Annual report of the Punjab Veterinary College and of the Civil Veterinary Department, Punjab - 1909-1919
Year: 1909
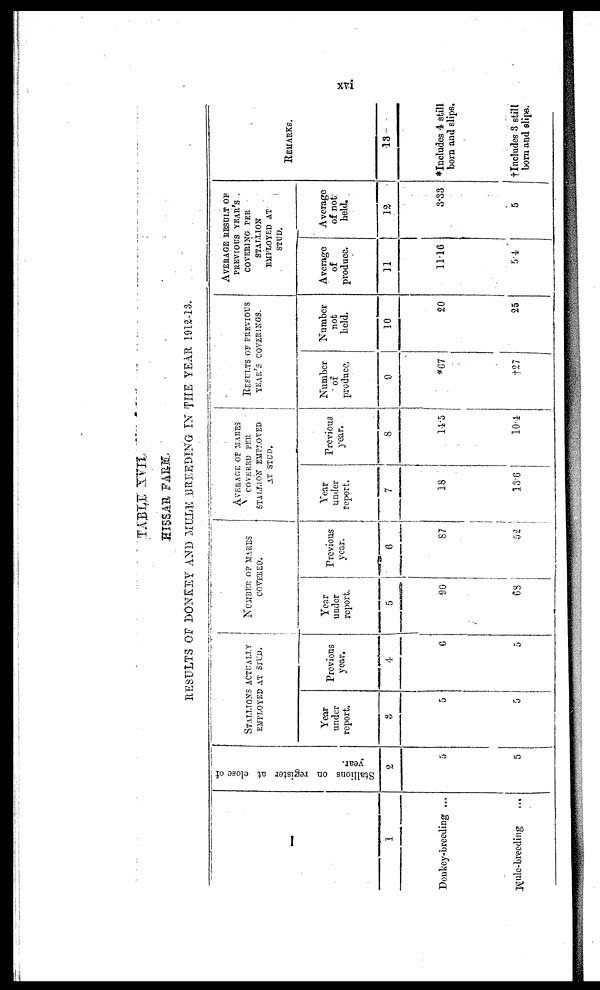
xvi
TABLE XVII.
HISSAR FARM.
RESULTS OF DONKEY AND MULE BREEDING IN THE YEAR 1912-13.
1
Donkey-breeding ...
Mule-breeding ...
Stallions on register at close of
year.
2
5
5
STALLIONS
ACTUALLY
EMPLOYED AT STUD.
Year
under
report.
5
5
Previous
year.
4
6
5
NUMBER OF MARES
COVERED.
Year
under
report.
5
90
68
Previous
year.
6
87
52
AVERAGE OF MARES
COVERED PER
STALLION EMPLOYED
AT STUD.
Year
under
report.
7
18
13.6
Previous
year.
8
14.5
10.4
RESULTS OF PREVIOUS
YEAR'S COVERINGS.
Number
of
produce.
9
*67
†27
Number
not
held.
10
20
25
AVERAGE RESULT OF
PREVIOUS YEARS'S
COVERING PER
STALLION
EMPLOYED AT
STUD.
Average
of
produce.
11
11.16
5.4
Average
of not
held.
12
3.33
5
REMARKS.
13
*Includes 4 still
born and slips.
†Includes 3 still
born and slips.